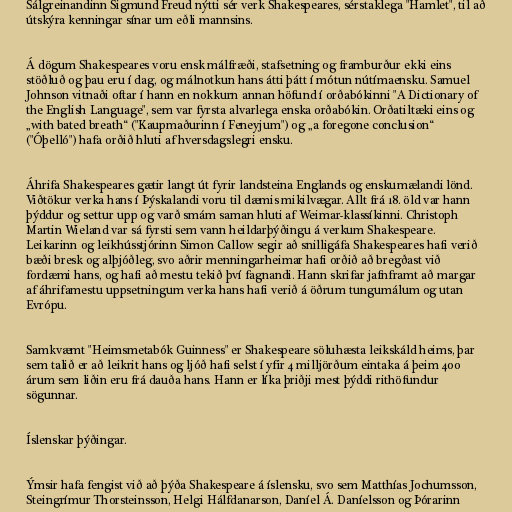
Sálgreinandinn Sigmund Freud nýtti sér verk Shakespeares, sérstaklega "Hamlet", til að
útskýra kenningar sínar um eðli mannsins.

Á dögum Shakespeares voru ensk málfræði, stafsetning og framburður ekki eins
stöðluð og þau eru í dag, og málnotkun hans átti þátt í mótun nútímaensku. Samuel
Johnson vitnaði oftar í hann en nokkurn annan höfund í orðabókinni "A Dictionary of
the English Language", sem var fyrsta alvarlega enska orðabókin. Orðatiltæki eins og
„with bated breath“ ("Kaupmaðurinn í Feneyjum") og „a foregone conclusion“
("Óþelló") hafa orðið hluti af hversdagslegri ensku.

Áhrifa Shakespeares gætir langt út fyrir landsteina Englands og enskumælandi lönd.
Viðtökur verka hans í Þýskalandi voru til dæmis mikilvægar. Allt frá 18. öld var hann
þýddur og settur upp og varð smám saman hluti af Weimar-klassíkinni. Christoph
Martin Wieland var sá fyrsti sem vann heildarþýðingu á verkum Shakespeare.
Leikarinn og leikhússtjórinn Simon Callow segir að snilligáfa Shakespeares hafi verið
bæði bresk og alþjóðleg, svo aðrir menningarheimar hafi orðið að bregðast við
fordæmi hans, og hafi að mestu tekið því fagnandi. Hann skrifar jafnframt að margar
af áhrifamestu uppsetningum verka hans hafi verið á öðrum tungumálum og utan
Evrópu.

Samkvæmt "Heimsmetabók Guinness" er Shakespeare söluhæsta leikskáld heims, þar
sem talið er að leikrit hans og ljóð hafi selst í yfir 4 milljörðum eintaka á þeim 400
árum sem liðin eru frá dauða hans. Hann er líka þriðji mest þýddi rithöfundur
sögunnar.

Íslenskar þýðingar.

Ýmsir hafa fengist við að þýða Shakespeare á íslensku, svo sem Matthías Jochumsson,
Steingrímur Thorsteinsson, Helgi Hálfdanarson, Daníel Á. Daníelsson og Þórarinn